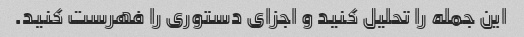
این جمله را تحلیل کنید و اجزای دستوری را فهرست کنید.